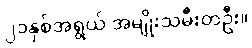
၂၁နှစ်အရွယ် အမျိုးသမီးတဦး။